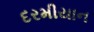
દરમીયાન